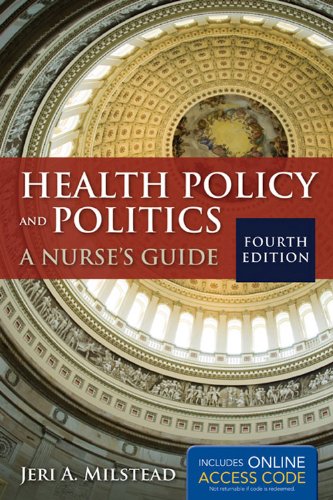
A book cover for Health Policy And Politics: A Nurse's Guide (Milstead, Health Policy and Politics); Jeri A. Milstead; Medical Books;